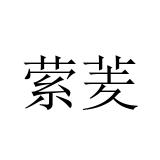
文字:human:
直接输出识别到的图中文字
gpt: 萦羐